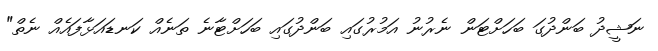
ނަޝީދު ބަންދުގަ ބަހަށްޓަން ނެރުނު އަމުރުގައި ބަންދުގައި ބަހަށްޓާނެ ތަނެއް ކަނޑައަޅާފައެއް ނެތް"